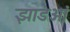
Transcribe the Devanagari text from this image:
झाडओं